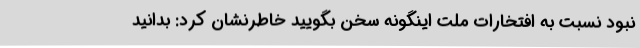
نبود نسبت به افتخارات ملت اینگونه سخن بگویید خاطرنشان کرد: بدانید